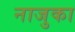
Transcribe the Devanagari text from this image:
नाजुका